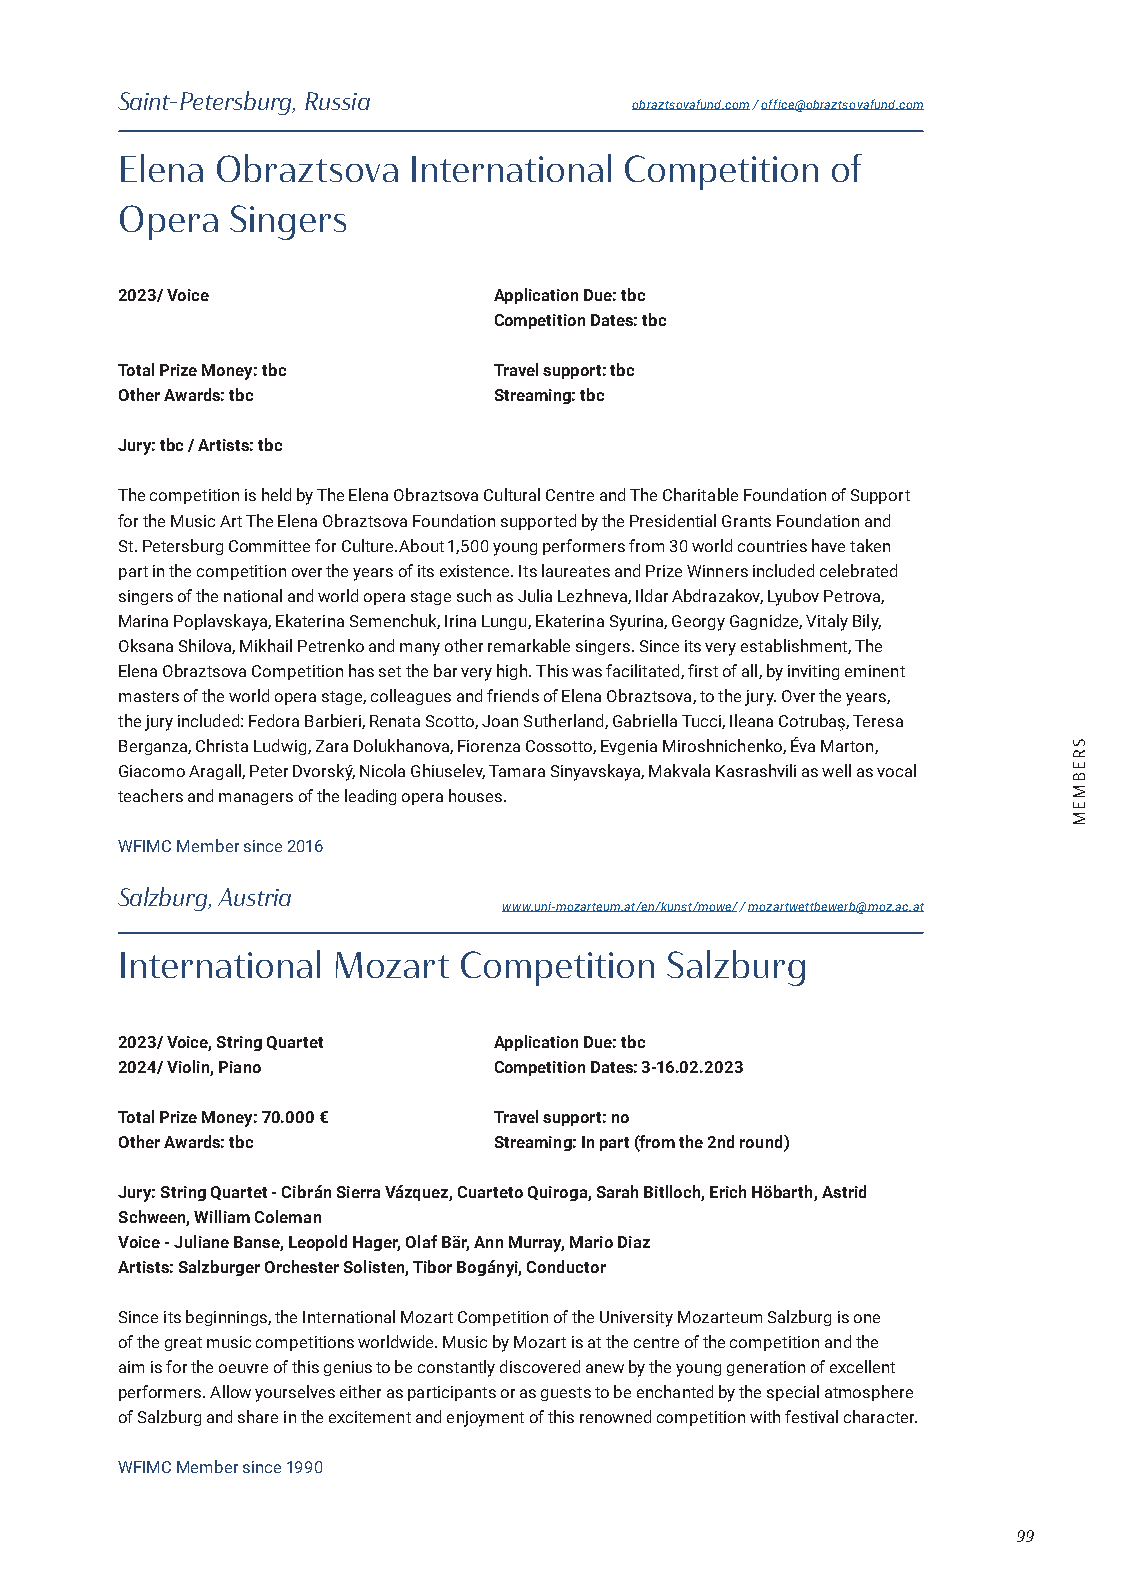
Saint-Petersburg, Russia
 obraztsovafund.com / office@obraztsovafund.com
 Elena Obraztsova   International Competition   of
 Opera  Singers
 2023/ Voice              Application Due: tbc
 Competition Dates: tbc
 Total Prize Money: tbc   Travel support: tbc
 Other Awards: tbc        Streaming: tbc
 Jury: tbc / Artists: tbc
 The competition is held by The Elena Obraztsova Cultural Centre and The Charitable Foundation of Support
 for the Music Art The Elena Obraztsova Foundation supported by the Presidential Grants Foundation and
 St. Petersburg Committee for Culture.About 1,500 young performers from 30 world countries have taken
 part in the competition over the years of its existence. Its laureates and Prize Winners included celebrated
 singers of the national and world opera stage such as Julia Lezhneva, Ildar Abdrazakov, Lyubov Petrova,
 Marina Poplavskaya, Ekaterina Semenchuk, Irina Lungu, Ekaterina Syurina, Georgy Gagnidze, Vitaly Bily,
 Oksana Shilova, Mikhail Petrenko and many other remarkable singers. Since its very establishment, The
 Elena Obraztsova Competition has set the bar very high. This was facilitated, first of all, by inviting eminent
 masters of the world opera stage, colleagues and friends of Elena Obraztsova, to the jury. Over the years,
 the jury included: Fedora Barbieri, Renata Scotto, Joan Sutherland, Gabriella Tucci, Ileana Cotrubaş, Teresa
 Berganza, Christa Ludwig, Zara Dolukhanova, Fiorenza Cossotto, Evgenia Miroshnichenko, Éva Marton,
 Giacomo Aragall, Peter Dvorský, Nicola Ghiuselev, Tamara Sinyavskaya, Makvala Kasrashvili as well as vocal
 teachers and managers of the leading opera houses.
 WFIMC Member since 2016
 Salzburg, Austria
 www.uni-mozarteum.at/en/kunst/mowe/ / mozartwettbewerb@moz.ac.at
 International Mozart  Competition   Salzburg
 2023/ Voice, String Quartet Application Due: tbc
 2024/ Violin, Piano      Competition Dates: 3-16.02.2023
 Total Prize Money: 70.000 € Travel support: no
 Other Awards: tbc        Streaming: In part (from the 2nd round)
 Jury: String Quartet - Cibrán Sierra Vázquez, Cuarteto Quiroga, Sarah Bitlloch, Erich Höbarth, Astrid
 Schween, William Coleman
 Voice - Juliane Banse, Leopold Hager, Olaf Bär, Ann Murray, Mario Diaz
 Artists: Salzburger Orchester Solisten, Tibor Bogányi, Conductor
 Since its beginnings, the International Mozart Competition of the University Mozarteum Salzburg is one
 of the great music competitions worldwide. Music by Mozart is at the centre of the competition and the
 aim is for the oeuvre of this genius to be constantly discovered anew by the young generation of excellent
 performers. Allow yourselves either as participants or as guests to be enchanted by the special atmosphere
 of Salzburg and share in the excitement and enjoyment of this renowned competition with festival character.
 WFIMC Member since 1990
 99
 SREBMEM